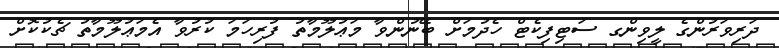
ދަރިވަރުންގެ ލީވިންގ ސަޓިފިކެޓް ހެދުމަށް ބޭނުންވާ މަޢުލޫމާތު ފުރިހަމަ ކުރުވާ އެމަޢުލޫމާތު ޗެކުކޮށް